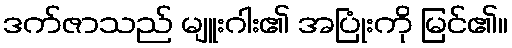
ဒက်ဇာသည် မျူးဂါး၏ အပြုံးကို မြင်၏။